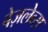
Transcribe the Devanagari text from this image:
बेज़लेव्स